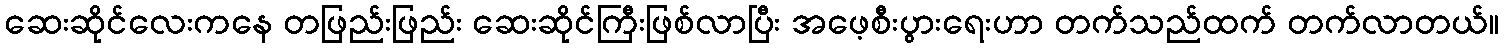
ဆေးဆိုင်လေးကနေ တဖြည်းဖြည်း ဆေးဆိုင်ကြီးဖြစ်လာပြီး အဖေ့စီးပွားရေးဟာ တက်သည်ထက် တက်လာတယ်။